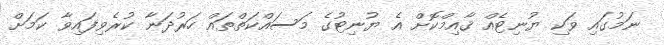
ނަމުގައި ވަކި ޔުނިޓެއް ޤާއިމްކޮށް އެ ޔުނިޓުގެ މަސައްކަތްތައް ހަރުދަނާ ކުރެވިފައިވާ ކަމަށް